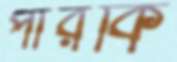
পারকি